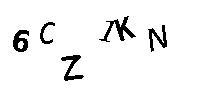
6CZ1KN